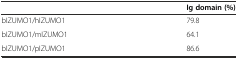
<table><thead><tr><td></td><td><b>Ig domain (%)</b></td></tr></thead><tbody><tr><td>bIZUMO1/hIZUMO1</td><td>79.8</td></tr><tr><td>bIZUMO1/mIZUMO1</td><td>64.1</td></tr><tr><td>bIZUMO1/pIZUMO1</td><td>86.6</td></tr></tbody></table>